Treatise on elephants
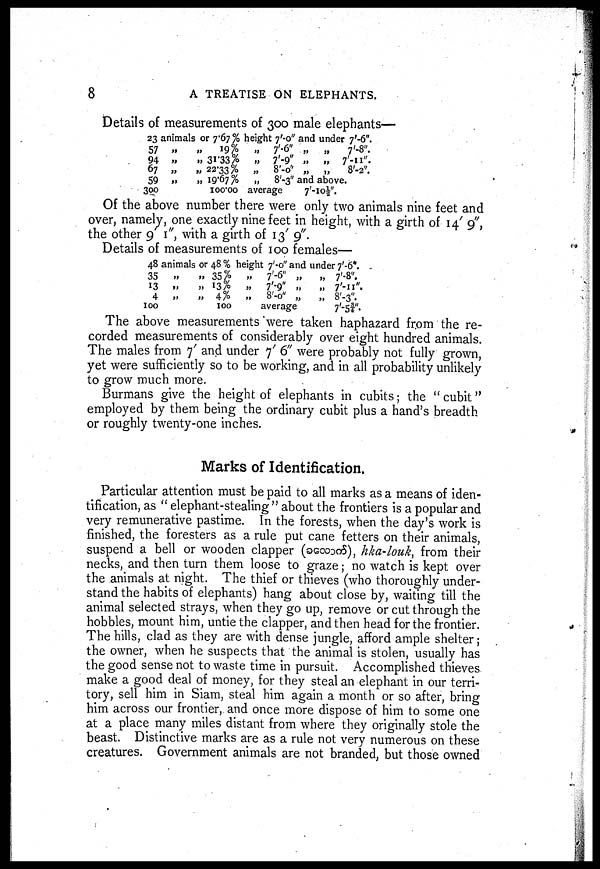
8
A TREATISE ON ELEPHANTS.
Details of measurements of 300 male elephants—
23 animals or 7.67 % height 7'-0" and under 7'-6".
57 „
94 „
67 „
59 „
300
„
19 %
„ 31.33%
„ 22.33%
„ 19.67%
100.00
„ 7'-6" „ „
7'-8".
„ 7'-9" „ „ 7'-11".
„ 8'-0" „
„
8'-2".
„ 8'-3" and above.
average 7'-10 ½".
Of the above number there were only two animals nine feet and
over, namely, one exactly nine feet in height, with a girth of 14' 9",
the other 9 1", with a girth of 13' 9".
Details of measurements of 100 females—
48 animals
35
„
13 „
4
„
100
or 48 %
„ 35%
„ 13%
„ 4%
100
height 7'-0 "and
„
7'-6 " „
„
7'-9 " „
„ 8'-0 " „
average
under 7'-6".
„ 7'-8".
„ 7'-11".
„ 8'-3".
7'-5 3/4".
The above measurements were taken haphazard from the re-
corded measurements of considerably over eight hundred animals.
The males from 7' and under 7' 6" were probably not fully grown,
yet were sufficiently so to be working, and in all probability unlikely
to grow much more.
Burmans give the height of elephants in cubits; the " cubit"
employed by them being the ordinary cubit plus a hand's breadth
or roughly twenty-one inches.
Marks of Identification.
Particular attention must be paid to all marks as a means of iden-
tification, as " elephant-stealing" about the frontiers is a popular and
very remunerative pastime. In the forests, when the day's work is
finished, the foresters as a rule put cane fetters on their animals,
suspend a bell or wooden clapper (
), hka-louk, from their
necks, and then turn them loose to graze ; no watch is kept over
the animals at night. The thief or thieves (who thoroughly under-
stand the habits of elephants) hang about close by, waiting till the
animal selected strays, when they go up, remove or cut through the
hobbles, mount him, untie the clapper, and then head for the frontier.
The hills, clad as they are with dense jungle, afford ample shelter;
the owner, when he suspects that the animal is stolen, usually has
the good sense not to waste time in pursuit. Accomplished thieves
make a good deal of money, for they steal an elephant in our terri-
tory, sell him in Siam, steal him again a month or so after, bring
him across our frontier, and once more dispose of him to some one
at a place many miles distant from where they originally stole the
beast. Distinctive marks are as a rule not very numerous on these
creatures. Government animals are not branded, but those owned